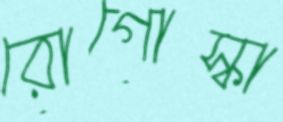
রোগোস্কা